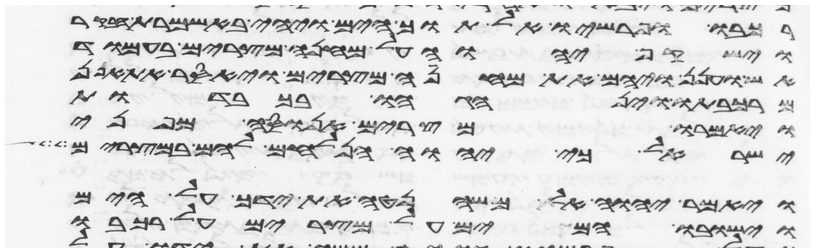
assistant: רכבו ופרשיו אל תוך הים ויהי באשמרת הבקר
וישקף יהוה על מחנה מצרים בעמוד
אש וענן ויהם את מחנה מצרים ויאסר את אפן
מרכבתיו וינהגהו בכבודות
ויאמרו מצרים אנוסה מפני
ישראל כי יהוה הנלחם להם במצרים
ויאמר יהוה אל משה נטה את ידך על הים
וישובו המים על מצרים על רכבו